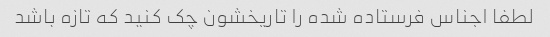
لطفا اجناس فرستاده شده را تاریخشون چک کنید که تازه باشد